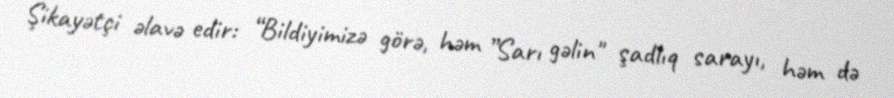
Şikayətçi əlavə edir: “Bildiyimizə görə, həm ”Sarı gəlin" şadlıq sarayı, həm də